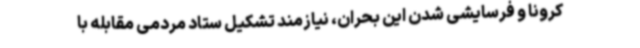
کرونا و فرسایشی شدن این بحران، نیازمند تشکیل ستاد مردمی مقابله با